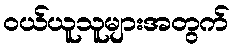
ဝယ်ယူသူများအတွက်